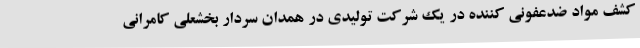
کشف مواد ضدعفونی کننده در یک شرکت تولیدی در همدان سردار بخشعلی کامرانی